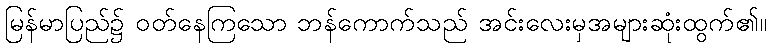
မြန်မာပြည်၌ ဝတ်နေကြသော ဘန်ကောက်သည် အင်းလေးမှအများဆုံးထွက်၏။